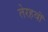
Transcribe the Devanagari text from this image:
तेरहवॉं